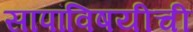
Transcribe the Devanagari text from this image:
सापांविषयीची